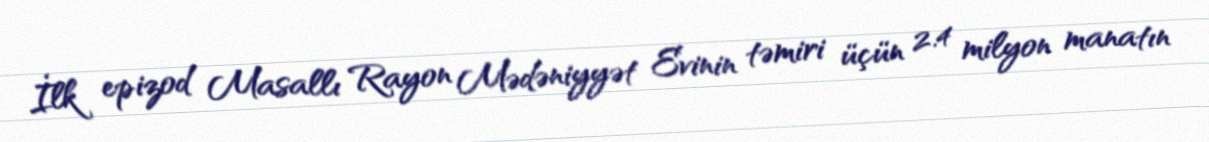
İlk epizod Masallı Rayon Mədəniyyət Evinin təmiri üçün 2.4 milyon manatın